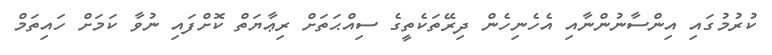
ކުރުމުގައި އިންސާނުންނާއި އެހެނިހެން ދިރޭތަކެތީގެ ސިއްޙަތަށް ރިޢާޔަތް ކޮށްފައި ނުވާ ކަމަށް ހައިތަމް